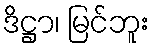
ဒိဋ္ဌာ၊ မြင်ဘူး